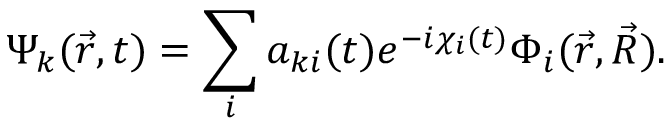
\Psi _ { k } ( \vec { r } , t ) = \sum _ { i } a _ { k i } ( t ) e ^ { - i \chi _ { i } ( t ) } \Phi _ { i } ( \vec { r } , \vec { R } ) .